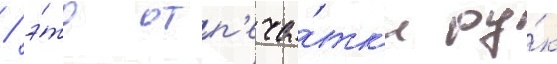
/ э́то отп'еча́тк'и ру́к